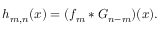
\begin{array} { r } { h _ { m , n } ( x ) = ( f _ { m } * G _ { n - m } ) ( x ) . } \end{array}